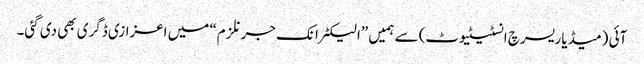
آئی (میڈیا ریسرچ انسٹیٹیوٹ) سے ہمیں ”الیکٹرانک جرنلزم“ میں اعزازی ڈگری بھی دی گئی۔